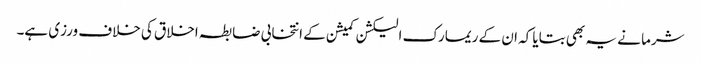
شرما نے یہ بھی بتایا کہ ان کے ریمارک الیکشن کمیشن کے انتخابی ضابطہ اخلاق کی خلاف ورزی ہے۔